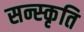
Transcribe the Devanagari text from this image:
सन्स्कृति